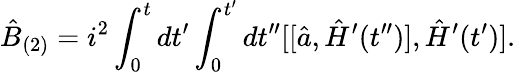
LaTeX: \hat{B}_{(2)}=i^{2}\int_{0}^{t}dt^{\prime}\int_{0}^{t^{\prime}}dt^{\prime\prime}[[\hat{a},\hat{H}^{\prime}(t^{\prime\prime})],\hat{H}^{\prime}(t^{\prime})].